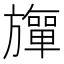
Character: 𬀚